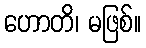
ဟောတိ၊ မဖြစ်။